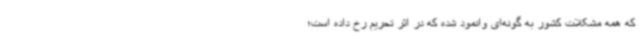
که همه مشکلات کشور به گونه‌ای وانمود شده که در اثر تحریم رخ داده است؛